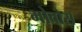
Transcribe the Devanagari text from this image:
भोवोस